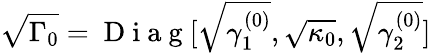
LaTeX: \sqrt{\Gamma_{0}}=\mathrm{~D~i~a~g~}[\sqrt{\gamma_{1}^{(0)}},\sqrt{\kappa_{0}},\sqrt{\gamma_{2}^{(0)}}]